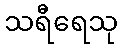
သရီရေသု